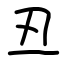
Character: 丒